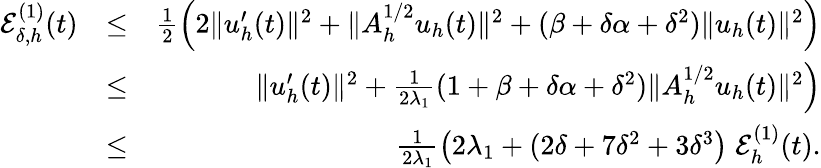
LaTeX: \begin{array}{rlr}{{\cal E}_{\delta,h}^{(1)}(t)}&{\leq}&{\frac{1}{2}\Big(2\| u_{h}^{\prime}(t)\| ^{2}+\| A_{h}^{1/2}u_{h}(t)\| ^{2}+(\beta+\delta\alpha+\delta^{2})\| u_{h}(t)\| ^{2}\Big)}\\ &{\leq}&{\| u_{h}^{\prime}(t)\| ^{2}+\frac{1}{2\lambda_{1}}(1+\beta+\delta\alpha+\delta^{2})\| A_{h}^{1/2}u_{h}(t)\| ^{2}\Big)}\\ &{\leq}&{\frac{1}{2\lambda_{1}}\big(2\lambda_{1}+(2\delta+7\delta^{2}+3\delta^{3}\big)\; {\cal E}_{h}^{(1)}(t).}\end{array}